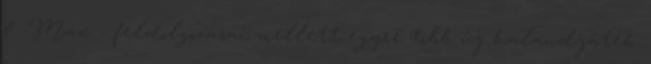
& Max - feldolgozásai mellett egyre több új kalandjáték